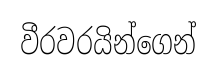
වීරවරයින්ගෙන්